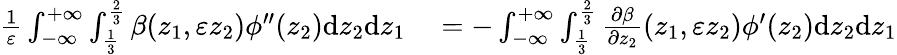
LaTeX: \begin{array}{rl}{\frac{1}{\varepsilon}\int_{-\infty}^{+\infty}\int_{\frac{1}{3}}^{\frac{2}{3}}\beta(z_{1},\varepsilon z_{2})\phi^{\prime\prime}(z_{2})\textrm{d}z_{2}\textrm{d}z_{1}}&{{}=-\int_{-\infty}^{+\infty}\int_{\frac{1}{3}}^{\frac{2}{3}}\frac{\partial\beta}{\partial z_{2}}(z_{1},\varepsilon z_{2})\phi^{\prime}(z_{2})\textrm{d}z_{2}\textrm{d}z_{1}}\end{array}